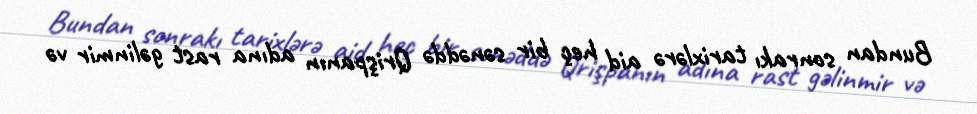
Bundan sonrakı tarixlərə aid heç bir sənəddə Qrişpanın adına rast gəlinmir və